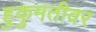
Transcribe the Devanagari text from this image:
हुकुमतीवर